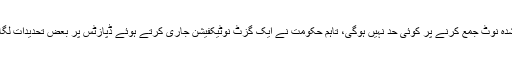
منسوخ شدہ نوٹ جمع کرنے پر کوئی حد نہیں ہوگی، تاہم حکومت نے ایک گزٹ نوٹیکفیشن جاری کرتے ہوئے ڈپازٹس پر بعض تحدیدات لگائی ہیں ۔